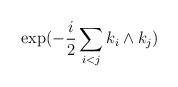
LaTeX: \begin{align*}\exp(-\frac{i}{2}\sum_{i<j}k_i\wedge k_j)\end{align*}